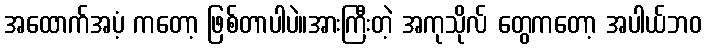
အထောက်အပံ့ ကတော့ ဖြစ်တာပါပဲ။အားကြီးတဲ့ အကုသိုလ် တွေကတော့ အပါယ်ဘဝ